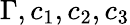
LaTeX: \Gamma,c_{1},c_{2},c_{3}